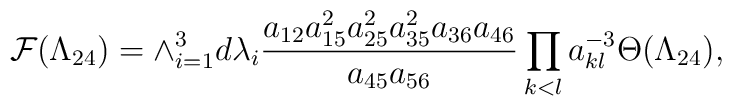
{\cal F}(\Lambda_{24})=\wedge_{i=1}^{3}d\lambda_{i}\frac{a_{12}a_{15}^{2}a_{25}^{2}a_{35}^{2}a_{36}a_{46}}{a_{45}a_{56}}\prod_{k<l}a_{kl}^{-3}\Theta(\Lambda_{24}),